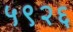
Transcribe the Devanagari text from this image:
५९२६